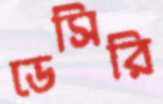
ডেসিরি